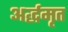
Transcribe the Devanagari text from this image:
अर्द्धमृत